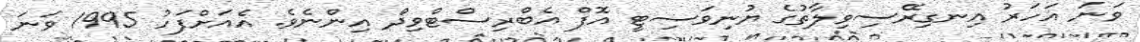
ވަނަ އަހަރު އިނގިރޭސިވިލާތުގެ ޔުނިވަސިޓީ އޮފް އެބްރިސްޓްވިދް އިންނެވެ. އެއަށްފަހު 1995 ވަނަ